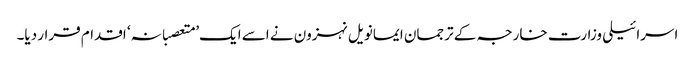
اسرائیلی وزارت خارجہ کے ترجمان ایمانویل نہزون نے اسے ایک’ متعصبانہ‘ اقدام قرار دیا۔